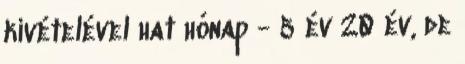
kivételével hat hónap - 5 év 20 év, de